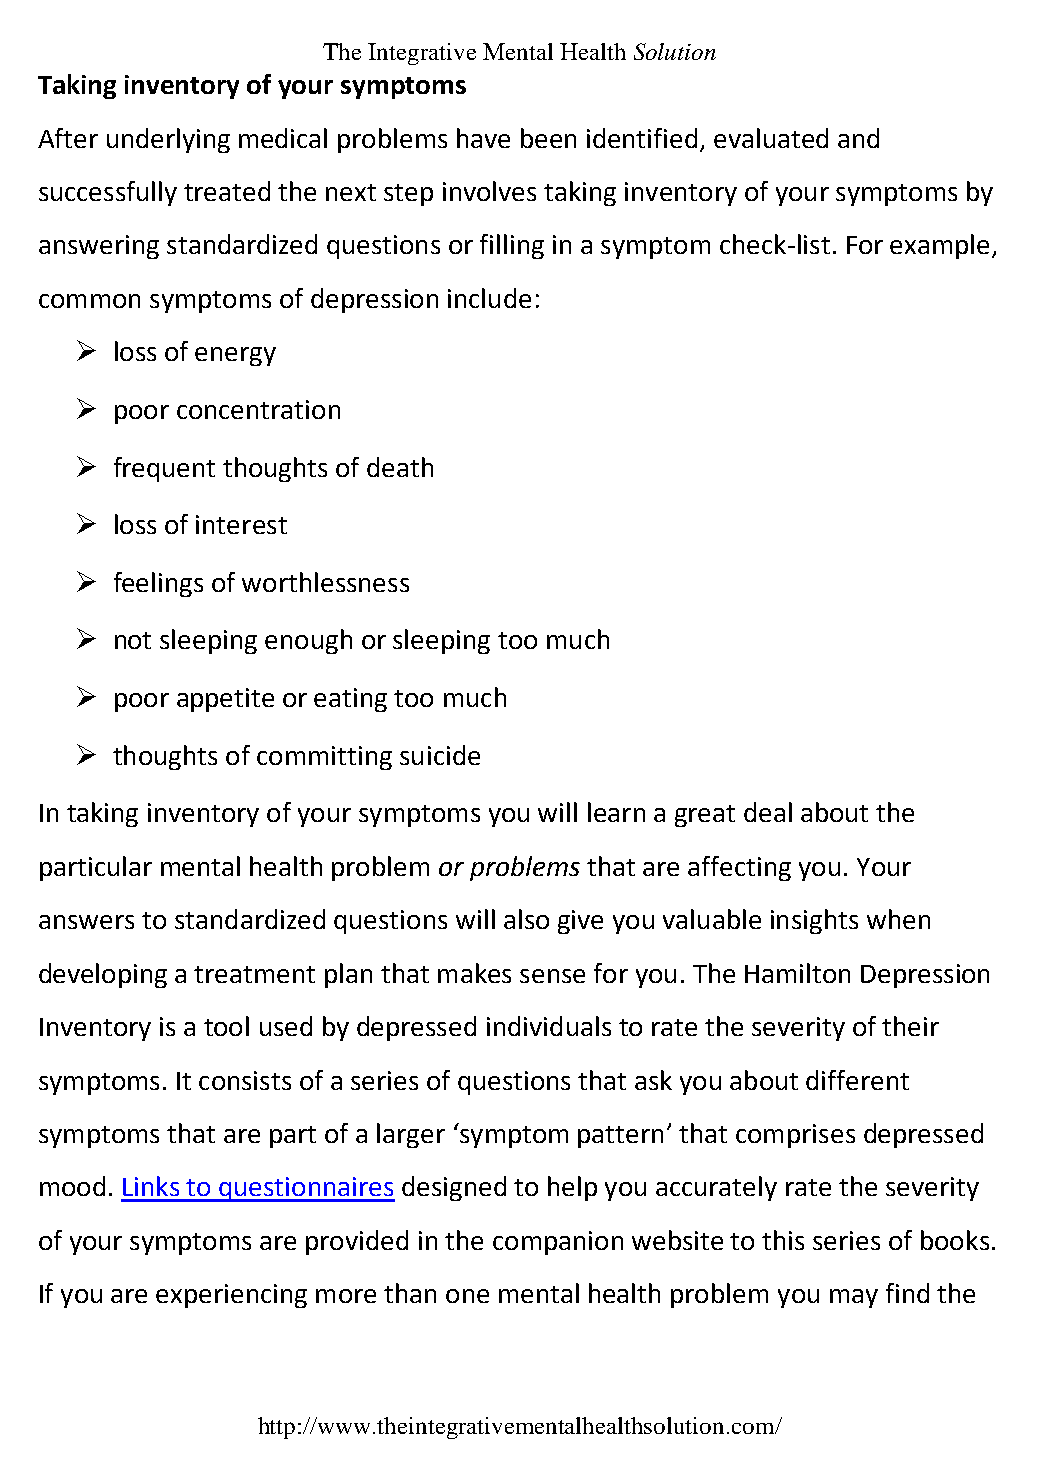
The Integrative Mental Health Solution
 Taking inventory of your symptoms
 After underlying medical problems have been identified, evaluated and
 successfully treated the next step involves taking inventory of your symptoms by
 answering standardized questions or filling in a symptom check-list. For example,
 common  symptoms of depression include:
  loss of energy
  poor concentration
  frequent thoughts of death
  loss of interest
  feelings of worthlessness
  not sleeping enough or sleeping too much
  poor appetite or eating too much
  thoughts of committing suicide
 In taking inventory of your symptoms you will learn a great deal about the
 particular mental health problem or problems that are affecting you. Your
 answers to standardized questions will also give you valuable insights when
 developing a treatment plan that makes sense for you. The Hamilton Depression
 Inventory is a tool used by depressed individuals to rate the severity of their
 symptoms. It consists of a series of questions that ask you about different
 symptoms that are part of a larger ‘symptom pattern’ that comprises depressed
 mood. Links to questionnaires designed to help you accurately rate the severity
 of your symptoms are provided in the companion website to this series of books.
 If you are experiencing more than one mental health problem you may find the
 http://www.theintegrativementalhealthsolution.com/